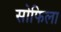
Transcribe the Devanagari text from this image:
सोफिला